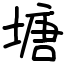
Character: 塘